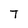
Character: T